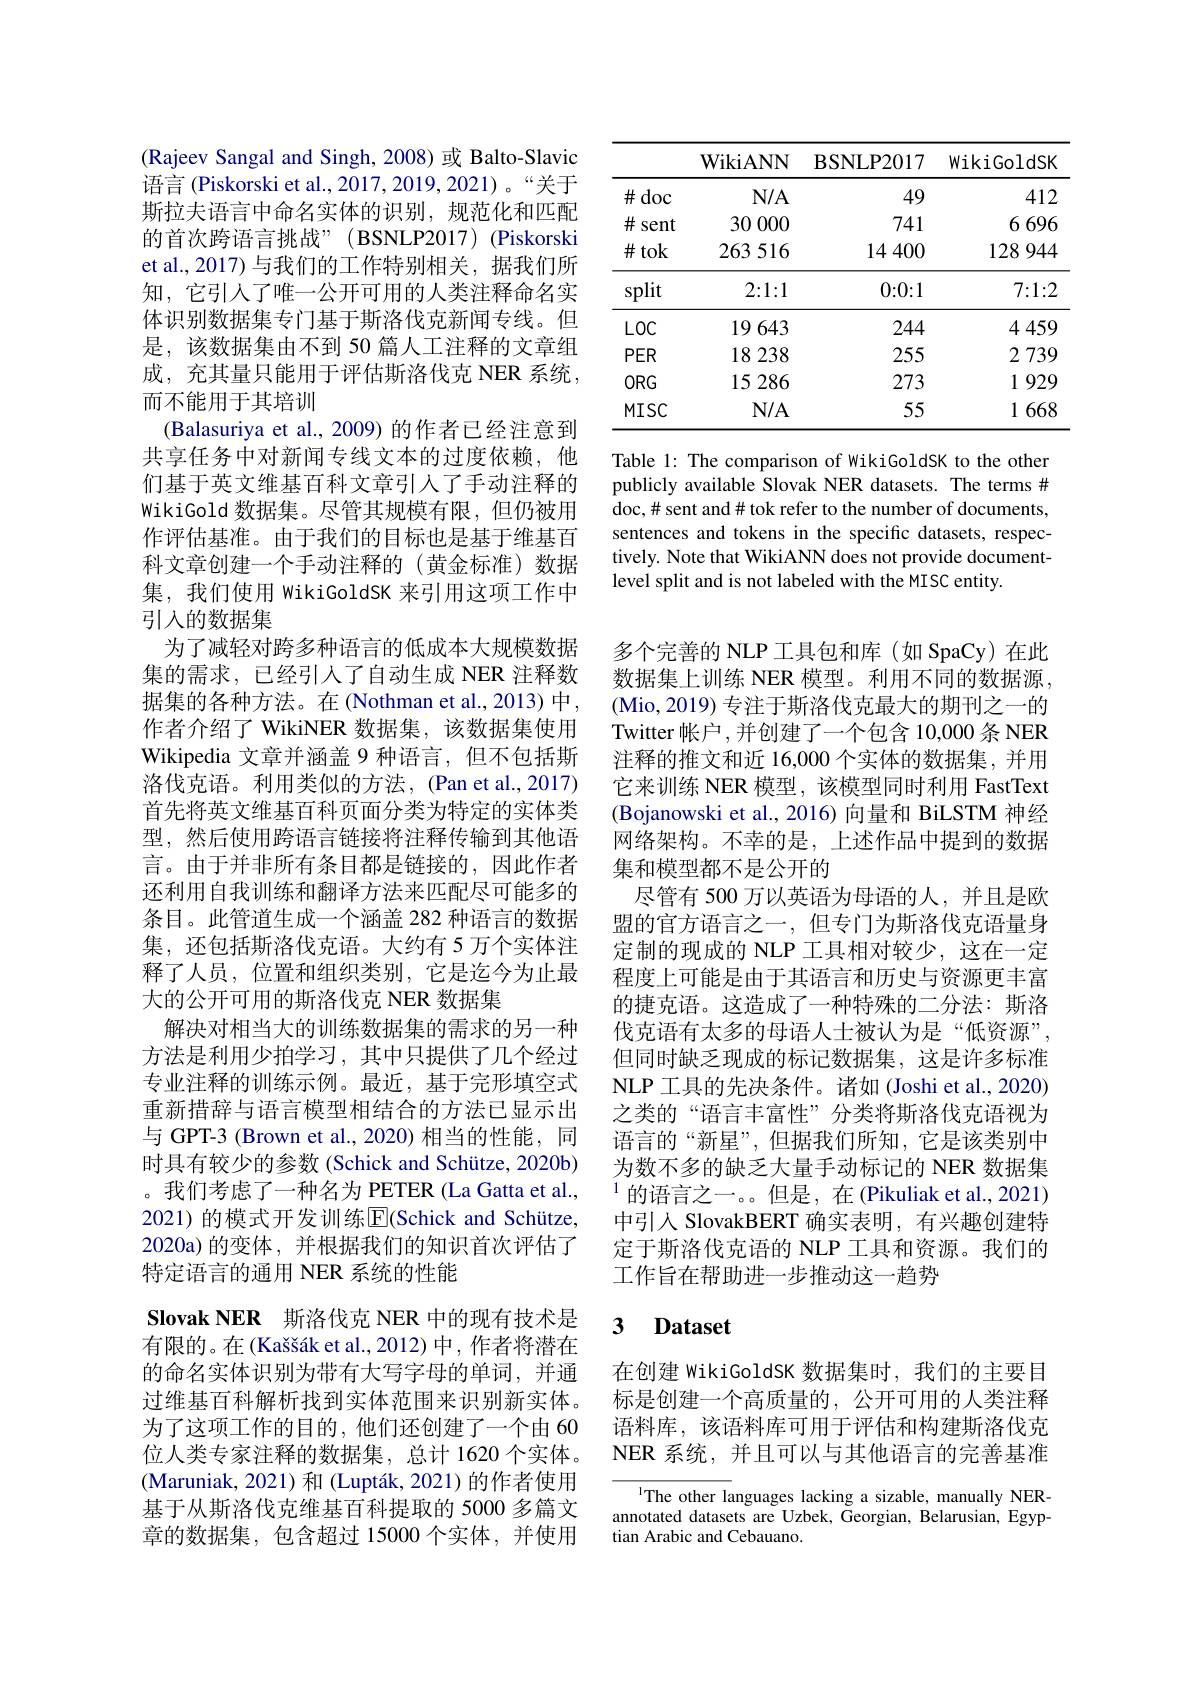
(Rajeev Sangal and Singh, 2008) 或 Balto-Slavic 语言 (Piskorski et al., 2017, 2019, 2021)。“关于斯拉夫语言中命名实体的识别，规范化和匹配的首次跨语言挑战”(BSNLP2017)(Piskorski et al.,2017)与我们的工作特别相关，据我们所知，它引人了唯一公开可用的人类注释命名实体识别数据集专门基于斯洛伐克新闻专线。但是，该数据集由不到 50 篇人工注释的文章组成，充其量只能用于评估斯洛伐克 NER 系统， 而不能用于其培训
(Balasuriya et al., 2009) 的作者已经注意到共享任务中对新闻专线文本的过度依赖，他们基于英文维基百科文章引人了手动注释的WikiGold 数据集。尽管其规模有限，但仍被用作评估基准。由于我们的目标也是基于维基百科文章创建一个手动注释的(黄金标准)数据集，我们使用 WikiGoldSK 来引用这项工作中引人的数据集
为了减轻对跨多种语言的低成本大规模数据集的需求，已经引入了自动生成 NER 注释数据集的各种方法。在 (Nothman et al., 2013) 中， 作者介绍了 WikiNER 数据集，该数据集使用Wikipedia 文章并涵盖 9 种语言，但不包括斯洛伐克语。利用类似的方法，(Pan et al.,2017) 首先将英文维基百科页面分类为特定的实体类型，然后使用跨语言链接将注释传输到其他语言。由于并非所有条目都是链接的，因此作者还利用自我训练和翻译方法来匹配尽可能多的条目。此管道生成一个涵盖 282 种语言的数据集，还包括斯洛伐克语。大约有 5 万个实体注释了人员，位置和组织类别，它是迄今为止最大的公开可用的斯洛伐克 NER 数据集
解决对相当大的训练数据集的需求的另一种方法是利用少拍学习，其中只提供了几个经过专业注释的训练示例。最近，基于完形填空式重新措辞与语言模型相结合的方法已显示出与 GPT-3 (Brown et al.,2020) 相当的性能，同时具有较少的参数 (Schick and Schütze, 2020b) 。我们考虑了一种名为 PETER (La Gatta et al., 2021) 的模式开发训练$\overline{\mathrm{E}}($Schick and Schütze, 2020a)的变体，并根据我们的知识首次评估了特定语言的通用 NER 系统的性能
$\textbf{Slovak NER 斯 洛 伐 克 NER 中 的 现 有 技 术 是 }$

有限的。在(Kaššák et al., 2012) 中，作者将潜在的命名实体识别为带有大写字母的单词，并通过维基百科解析找到实体范围来识别新实体。为了这项工作的目的，他们还创建了一个由 60位人类专家注释的数据集，总计 1620 个实体。(Maruniak, 2021) 和 (Lupták, 2021) 的作者使用基于从斯洛伐克维基百科提取的 5000 多篇文章的数据集，包含超过 15000 个实体，并使用

<table>
	<tbody>
		<tr>
			<th> </th>
			<th>$\mathbf{WikiANN}$</th>
			<th>BSNLP2017</th>
			<th>wikiGoldSK</th>
		</tr>
		<tr>
			<td>$\#$doc</td>
			<td>$N/A$</td>
			<td>49</td>
			<td>412</td>
		</tr>
		<tr>
			<td>$\#$sent</td>
			<td>30 000</td>
			<td>741</td>
			<td>6696</td>
		</tr>
		<tr>
			<td>$\#$tok</td>
			<td>263516</td>
			<td>14400</td>
			<td>128944</td>
		</tr>
		<tr>
			<td>split</td>
			<td>2{:}1{:}1</td>
			<td>0{:}0{:}1</td>
			<td>7{:}1{:}2</td>
		</tr>
		<tr>
			<td>$LOC$</td>
			<td>19643</td>
			<td>244</td>
			<td>4459</td>
		</tr>
		<tr>
			<td>$PER$</td>
			<td>18 238</td>
			<td>255</td>
			<td>2739</td>
		</tr>
		<tr>
			<td>$ORG$</td>
			<td>15 286</td>
			<td>273</td>
			<td>1929</td>
		</tr>
		<tr>
			<td>$MISC$</td>
			<td>$N/A$</td>
			<td>55</td>
			<td>1668</td>
		</tr>
	</tbody>
</table>

Table 1: The comparison of WikiGoldSK to the other publicly available Slovak NER datasets. The terms # doc, # sent and # tok refer to the number of documents, sentences and tokens in the specific datasets, respectively. Note that WikiANN does not provide documentlevel split and is not labeled with the MISC entity.

多个完善的 NLP 工具包和库(如 SpaCy)在此数据集上训练 NER 模型。利用不同的数据源， (Mio,2019) 专注于斯洛伐克最大的期刊之一的Twitter 帐户，并创建了一个包含 10,000 条 NER 注释的推文和近 16,000 个实体的数据集，并用它来训练 NER 模型，该模型同时利用 FastText (Bojanowski et al., 2016) 向量和 BiLSTM 神经网络架构。不幸的是，上述作品中提到的数据集和模型都不是公开的
尽管有 500 万以英语为母语的人，并且是欧盟的官方语言之一，但专门为斯洛伐克语量身定制的现成的 NLP 工具相对较少，这在一定程度上可能是由于其语言和历史与资源更丰富的捷克语。这造成了一种特殊的二分法：斯洛伐克语有太多的母语人士被认为是“低资源”, 但同时缺乏现成的标记数据集，这是许多标准NLP 工具的先决条件。诸如 (Joshi et al., 2020) 之类的“语言丰富性”分类将斯洛伐克语视为语言的“新星”,但据我们所知，它是该类别中为数不多的缺乏大量手动标记的 NER 数据集的语言之一。。但是，在(Pikuliak et al., 2021) 中引入 SlovakBERT 确实表明，有兴趣创建特定于斯洛伐克语的 NLP 工具和资源。我们的工作旨在帮助进一步推动这一趋势

### 3 Dataset

在创建 WikiGoldSK 数据集时，我们的主要目标是创建一个高质量的，公开可用的人类注释语料库，该语料库可用于评估和构建斯洛伐克NER 系统，并且可以与其他语言的完善基准

$^{1}$The other languages lacking a sizable, manually NERannotated datasets are Uzbek, Georgian, Belarusian, Egyptian Arabic and Cebauano.